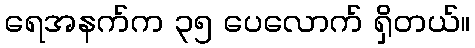
ရေအနက်က ၃၅ ပေလောက် ရှိတယ်။